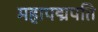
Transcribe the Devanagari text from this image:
महापद्मपति